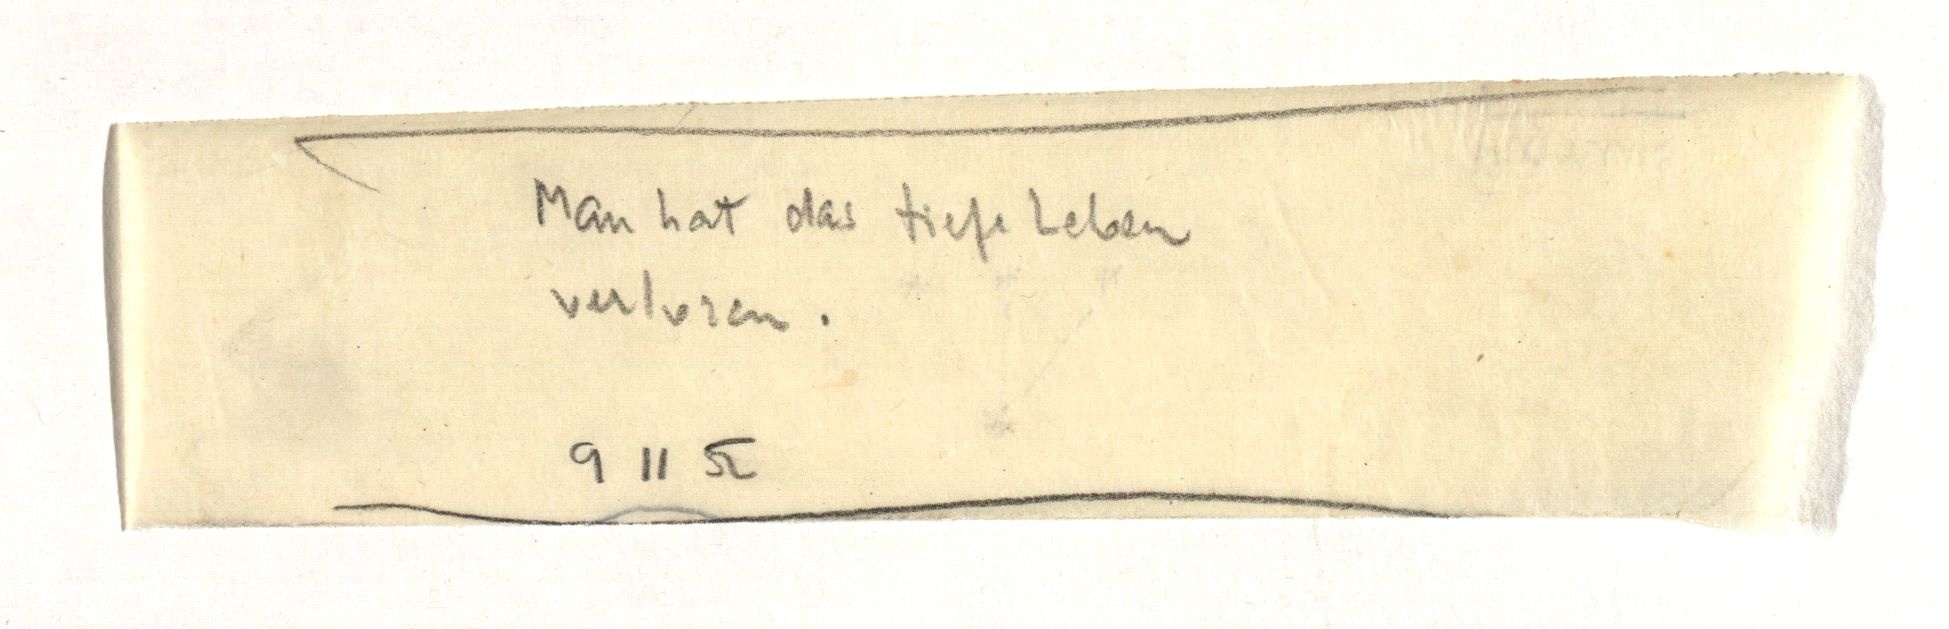
Man hat das tiefe Leben
verloren.
9 11 52